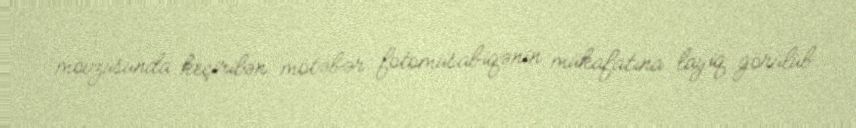
mövzusunda keçirilən mötəbər fotomüsabiqənin mükafatına layiq görülüb.